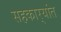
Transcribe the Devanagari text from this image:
सहकार्‍यांत